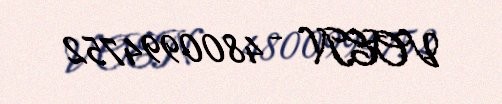
VOEN - 4800994752